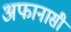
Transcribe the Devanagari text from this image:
अफानासी